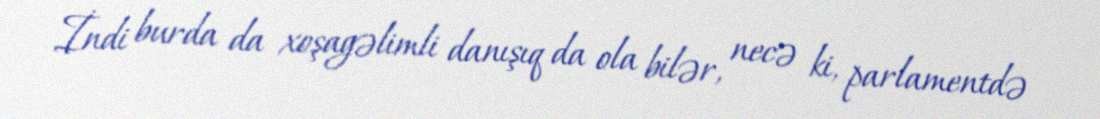
İndi burda da xoşagəlimli danışıq da ola bilər, necə ki, parlamentdə